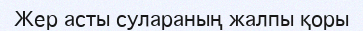
Жер асты сулараның жалпы қоры